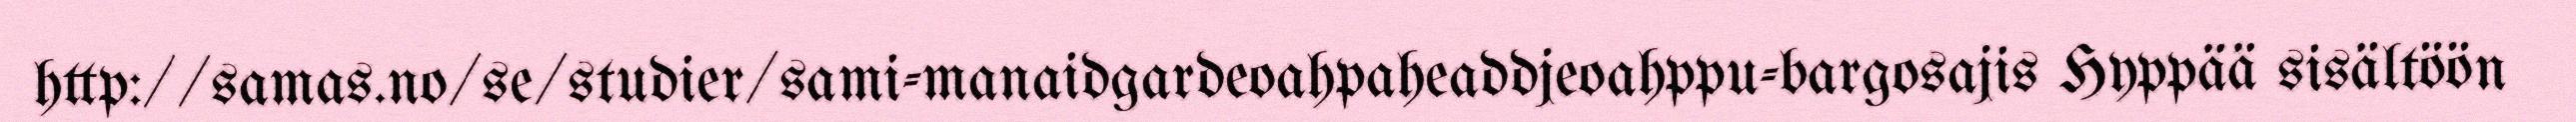
http://samas.no/se/studier/sami-manaidgardeoahpaheaddjeoahppu-bargosajis Hyppää sisältöön